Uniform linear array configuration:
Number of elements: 8
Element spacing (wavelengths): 0.75
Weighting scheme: kaiser
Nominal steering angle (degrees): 45
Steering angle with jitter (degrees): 43.875
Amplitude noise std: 0.05
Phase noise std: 0.05

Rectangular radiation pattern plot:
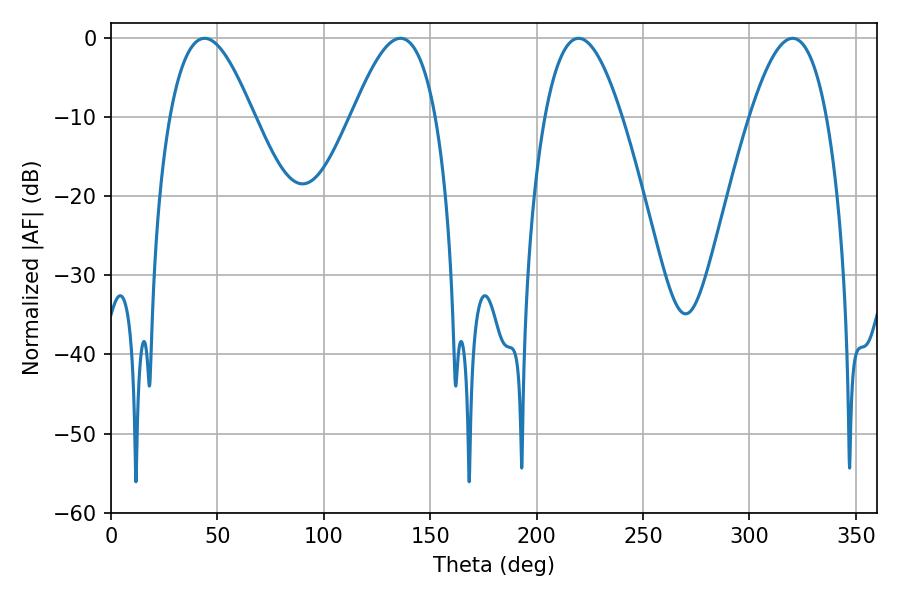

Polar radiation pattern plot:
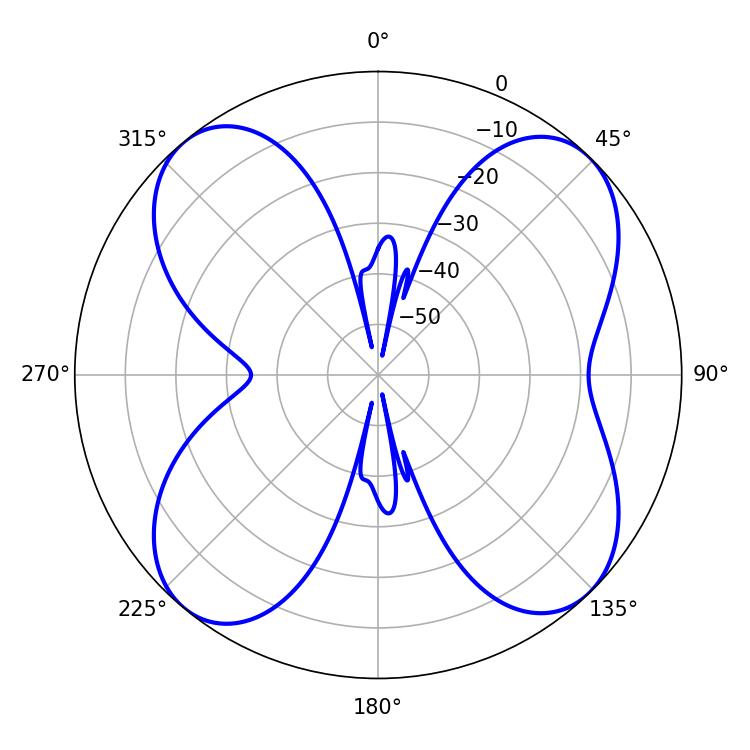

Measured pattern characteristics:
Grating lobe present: TRUE
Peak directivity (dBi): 12.943
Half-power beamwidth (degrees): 21.24
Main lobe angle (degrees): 43.92